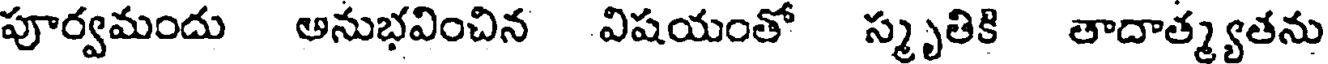
పూర్వమందు అనుభవించిన విషయంతో స్మృతికి తాదాత్మ్యతను